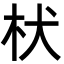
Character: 枤